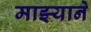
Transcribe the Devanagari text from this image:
माझ्याने